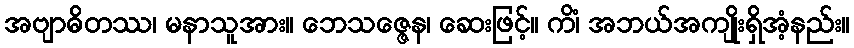
အဗျာဓိတဿ၊ မနာသူအား။ ဘေသဇ္ဇေန၊ ဆေးဖြင့်။ ကိံ၊ အဘယ်အကျိုးရှိအံ့နည်း။